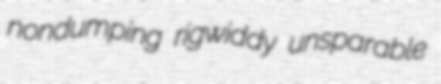
nondumping rigwiddy unsparable